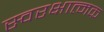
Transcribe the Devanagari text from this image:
स्वरक्षात्मक